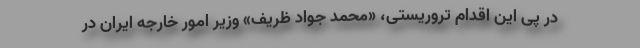
در پی این اقدام تروریستی، «محمد جواد ظریف» وزیر امور خارجه ایران در